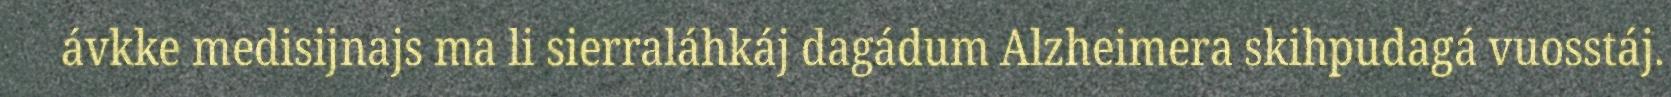
ávkke medisijnajs ma li sierraláhkáj dagádum Alzheimera skihpudagá vuosstáj.